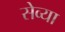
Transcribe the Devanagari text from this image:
सेव्या